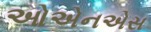
ઓએનએસ